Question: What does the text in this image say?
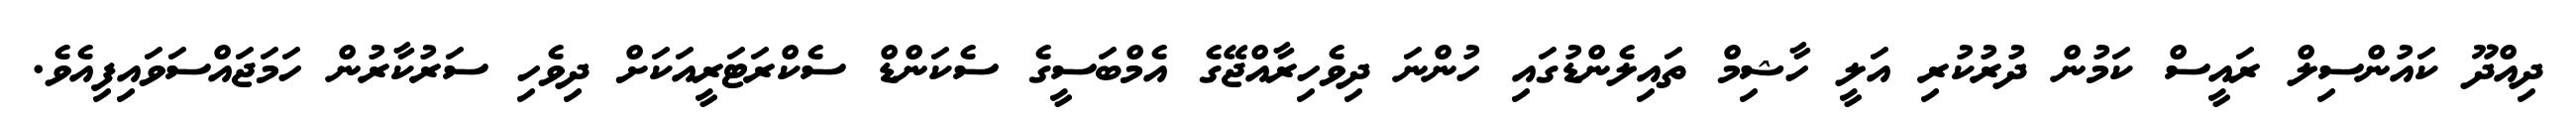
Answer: ދިއްދޫ ކައުންސިލް ރައީސް ކަމުން ދުރުކުރި އަލީ ހާޝިމް ތައިލެންޑުގައި ހުންނަ ދިވެހިރާއްޖޭގެ އެމްބަސީގެ ސެކަންޑް ސެކްރަޓަރީއަކަށް ދިވެހި ސަރުކާރުން ހަމަޖައްސަވައިފިއެވެ.